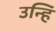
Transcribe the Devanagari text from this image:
उन्हिं